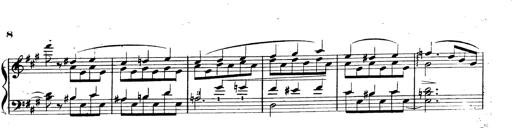
Title: 3 Caprices-Valses
Composer: Franz Liszt